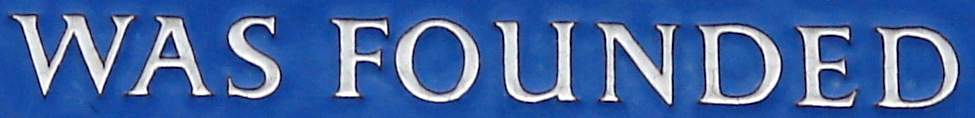
WAS FOUNDED